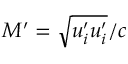
{ M } ^ { \prime } = \sqrt { { u } _ { i } ^ { \prime } { u } _ { i } ^ { \prime } } / c